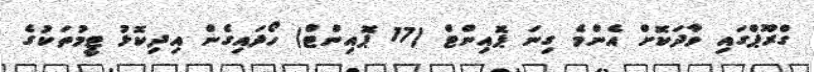
ގްރޫޕްގައި ވާދަކޮށް އެންމެ ގިނަ ޕޮއިންޓް (17 ޕޮއިންޓް) ހޯދައިގެން އިދިކޮޅު ޓީމުތަކުގެ